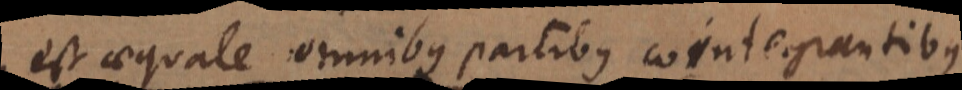
est aequale omnibus partibus cointegrantibus.